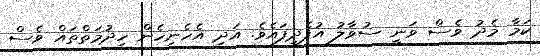
ކަމާ މެދު ވެސް ވަނީ ސުވާލު އުފެދިފައެވެ. އަދި އެހެނިހެން ހިދުމަތްތައް ވެސް